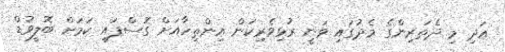
އަދި މި ދެތަރިންގެ މެދުގައި ވަނީ ރުޅިވެރިކަން އިންތިހާއަށް ގޮސްފައި ކަމަށް ބޮލީވުޑް